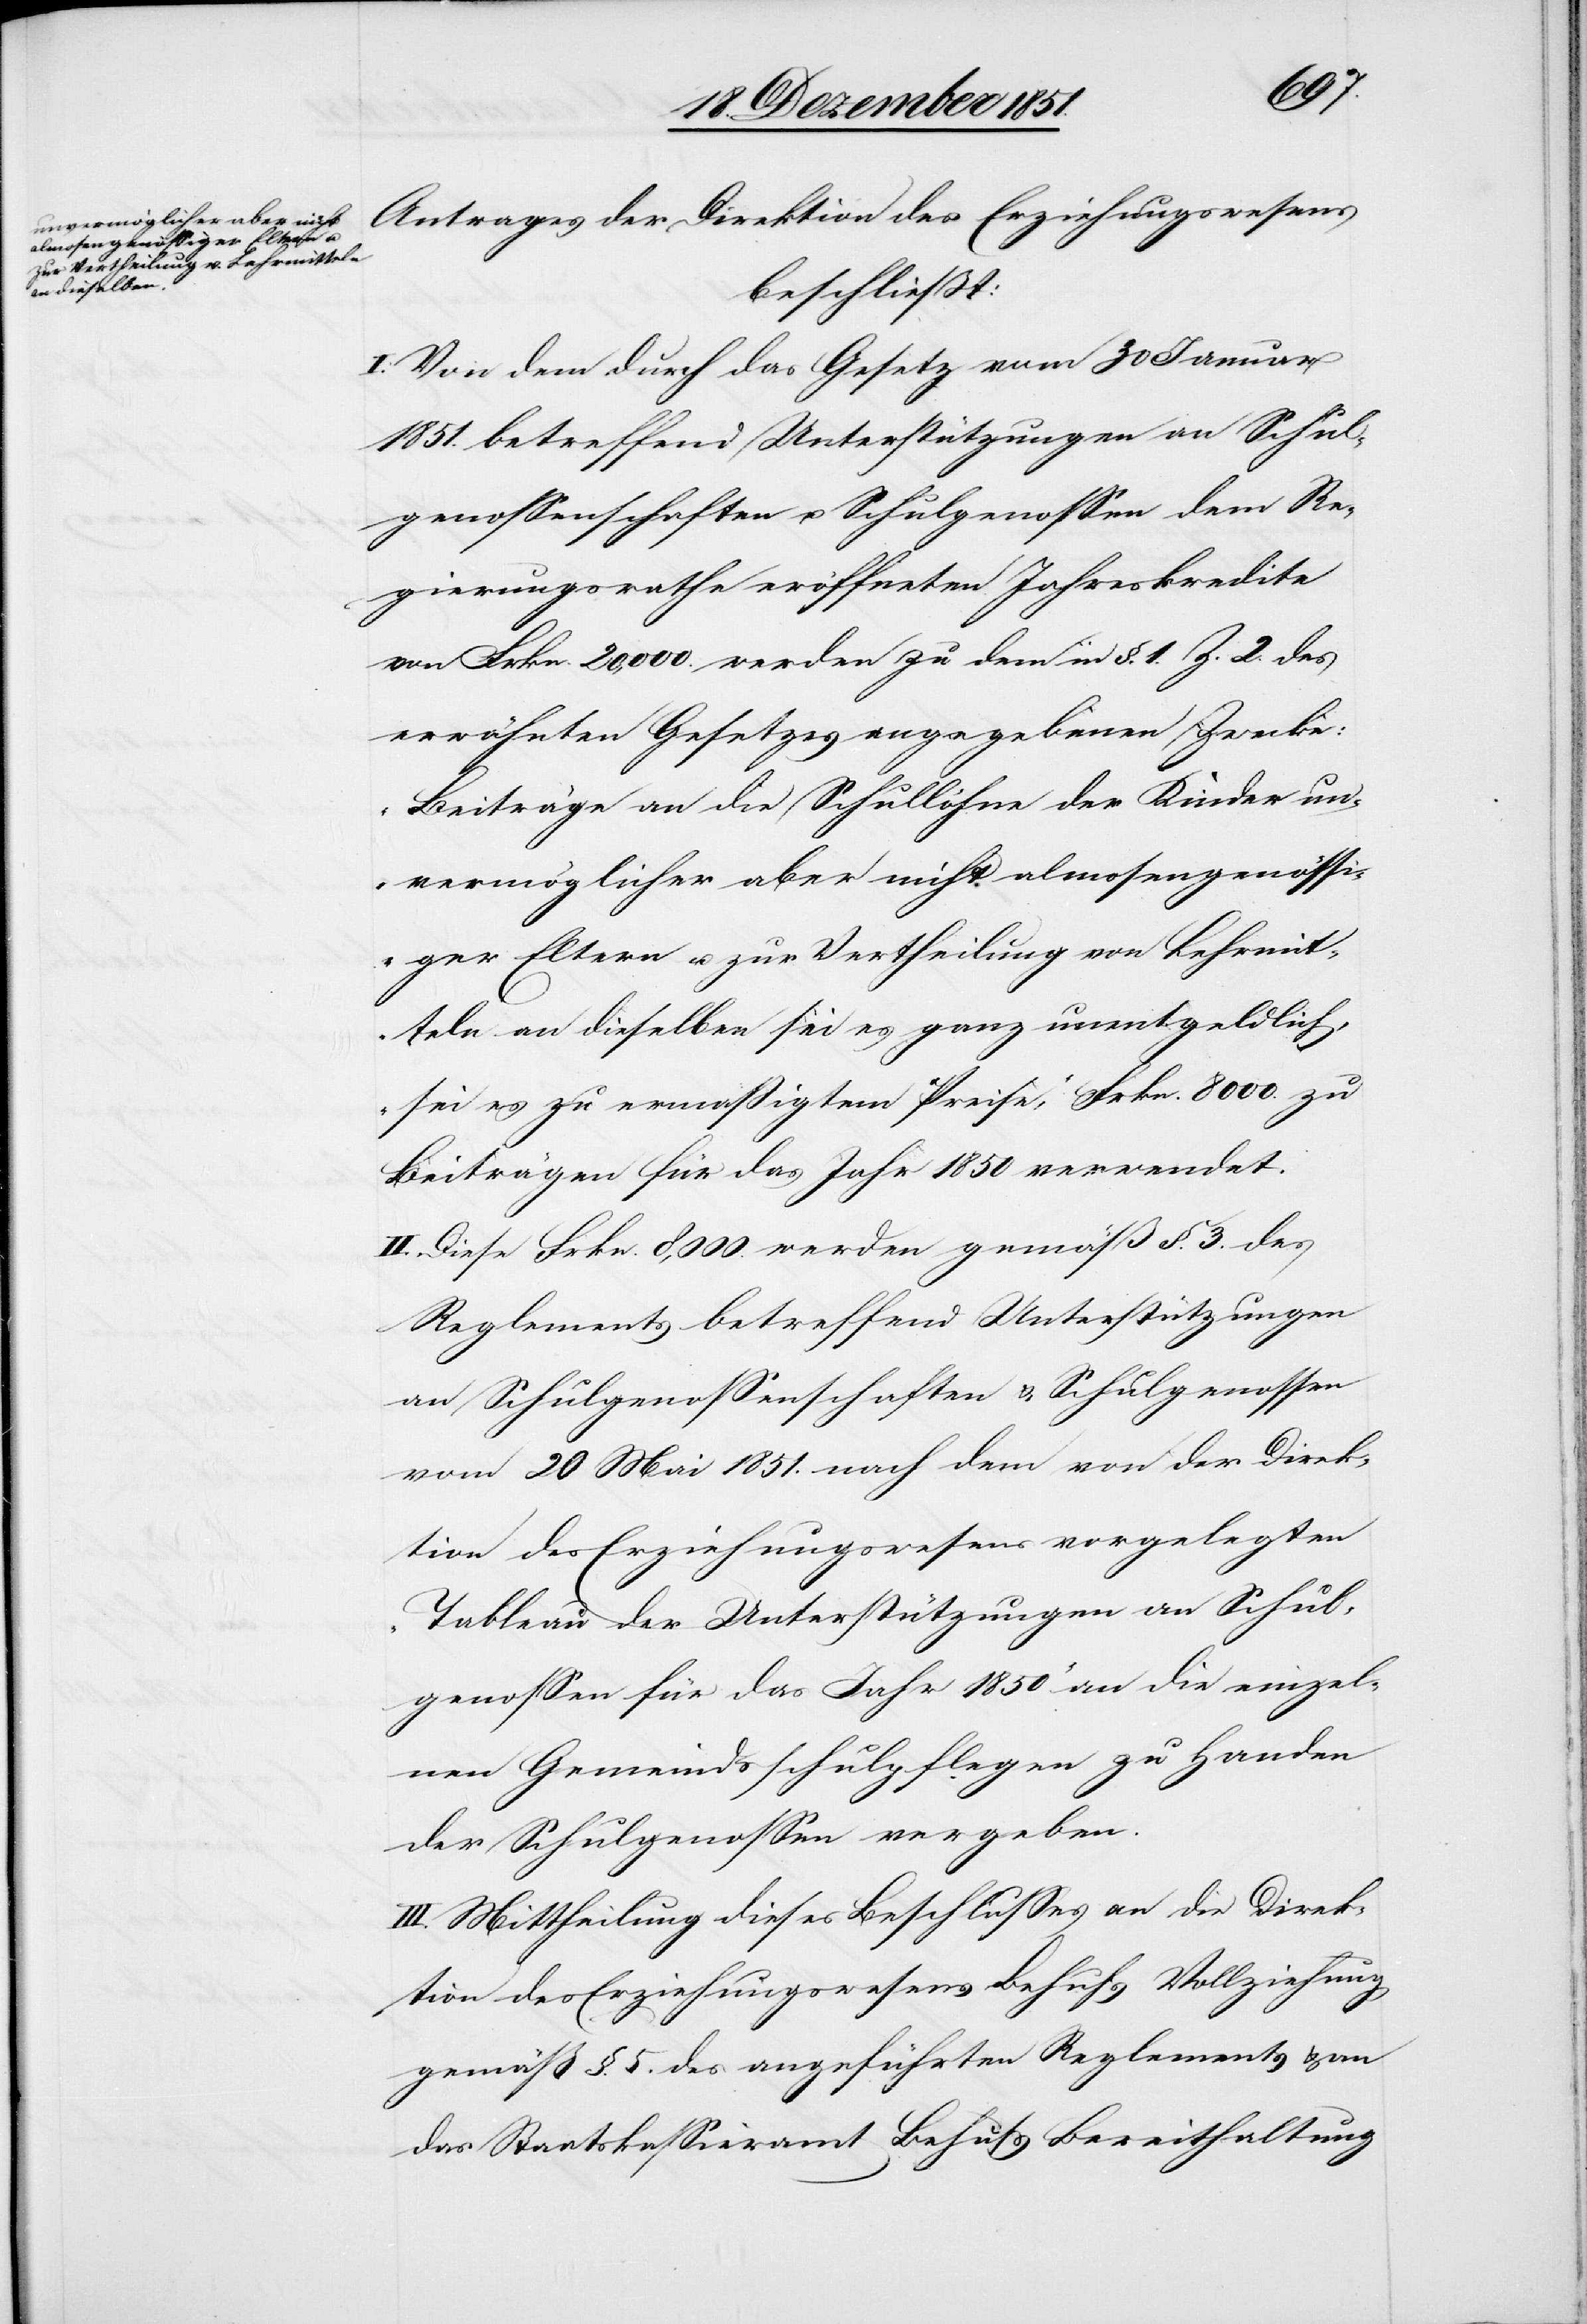
Antrages der Direktion des Erziehungswesens
beschließt:
I. Von dem durch das Gesetz vom 30 Januar
1851. betreffend Unterstützungen an Schul¬
genossenschaften u. Schulgenossen dem Re¬
gierungsrathe eröffneten Jahreskredite
von Frkn. 20,000. werden zu dem in §. 1. Z. 2. des
erwähnten Gesetzes angegebenen Zwecke:
„Beiträge an die Schullöhne der Kinder un¬
vermöglicher aber nicht almosengenössi¬
ger Eltern u. zur Vertheilung von Lehrmit¬
teln an dieselben sei es ganz unentgeldlich,
sei es zu ermäßigtem Preise,“ Frkn. 8000.
Beiträgen für das Jahr 1850 verwendet.
II. Diese Frkn. 8,000. werden gemäß §. 3. des
Reglements betreffend Unterstützungen
an Schulgenossenschaften & Schulgenossen
vom 20 Mai 1851. nach dem von der Direk¬
tion des Erziehungswesens vorgelegten
„Tableau der Unterstützungen an Schul¬
genossen für das Jahr 1850“ an die einzel¬
nen Gemeindsschulpflegen zu Handen
der Schulgenossen vergeben.
III. Mittheilung dieses Beschlusses an die Direk¬
tion des Erziehungswesens Behufs Vollziehung
gemäß §. 5. des angeführten Reglements & an
das Staatskassieramt Behufs Bereithaltung